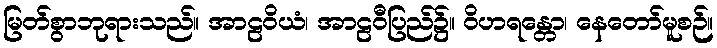
မြတ်စွာဘုရားသည်။ အာဠဝိယံ၊ အာဠဝီပြည်၌။ ဝိဟရန္တော၊ နေတော်မူစဉ်။